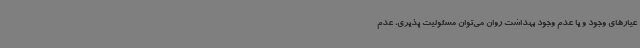
عیارهای وجود و یا عدم وجود بهداشت روان می‌توان مسئولیت پذیری، عدم